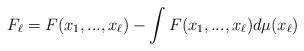
LaTeX: \begin{align*} F_\ell=F(x_1,...,x_\ell)-\int F(x_1,...,x_\ell)d\mu(x_\ell) \end{align*}